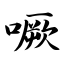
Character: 噘